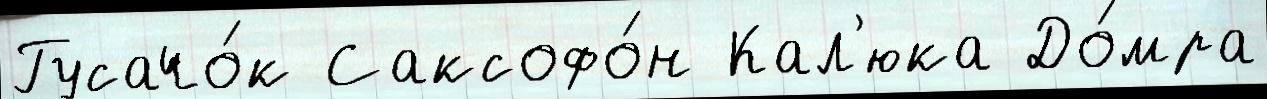
Гусачо́к Саксофо́н Кал'юка До́мра